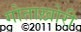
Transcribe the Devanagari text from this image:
गोताख़ोरी